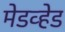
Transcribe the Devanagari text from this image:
मेडव्हेड